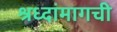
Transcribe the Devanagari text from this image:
श्रध्दांमागची